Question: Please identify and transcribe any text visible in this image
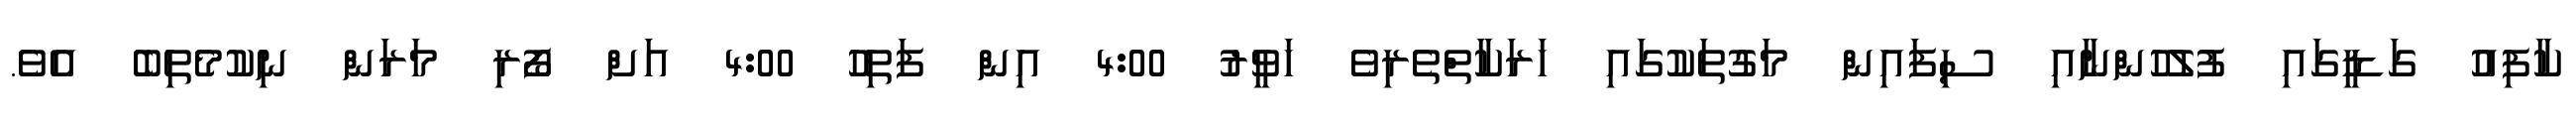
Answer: ކާފިއު ގަޑީގައި ފުލުހުންނާއި ސިފައިން މަގުތަކުގައި ހަރަކާތްތެރިވެ ހަވީރު 4:00 އިން ފަތިހު 4:00 އަށް ފޯރި މަރަން ނިކުމެތިބެ އެވެ.